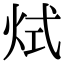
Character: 烒